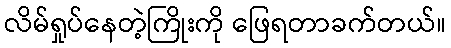
လိမ်ရှုပ်နေတဲ့ကြိုးကို ဖြေရတာခက်တယ်။